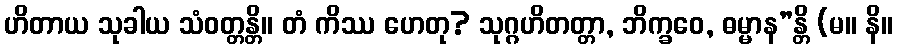
ဟိတာယ သုခါယ သံဝတ္တန္တိ။ တံ ကိဿ ဟေတု? သုဂ္ဂဟိတတ္တာ, ဘိက္ခဝေ, ဓမ္မာန”န္တိ (မ။ နိ။